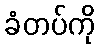
ခံတပ်ကို